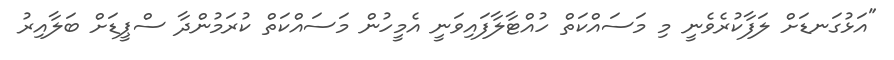
"އަޅުގަނޑަށް ލަފާކުރެވެނީ މި މަސައްކަތް ހުއްޓާލާފައިވަނީ އެމީހުން މަސައްކަތް ކުރަމުންދާ ސްޕީޑަށް ބަލާއިރު